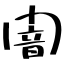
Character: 闇